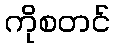
ကိုစတင်